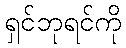
ရှင်ဘုရင်ကို